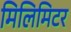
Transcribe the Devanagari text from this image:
मिलिमिटर